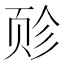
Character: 𫖬